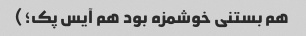
هم بستنی خوشمزه بود هم آیس پک؛)